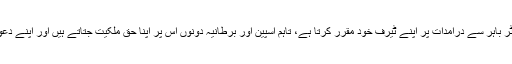
اگرچہ یورپی یونین کا حصّہ ہونے کے باوجود جبرالٹر باہر سے درآمدات پر اپنے ٹیرف خود مقرر کرتا ہے، تاہم اسپین اور برطانیہ دونوں اس پر اپنا حق ملکیت جتاتے ہیں اور اپنے دعوے میں اقوام متحدہ کی قراردادوں کا حوالہ دیتے ہیں۔